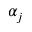
\alpha _ { j }